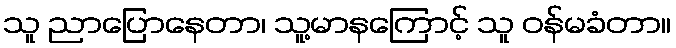
သူ ညာပြောနေတာ၊ သူ့မာနကြောင့် သူ ဝန်မခံတာ။